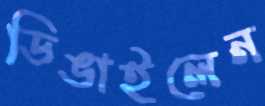
ডিঙাইলেন